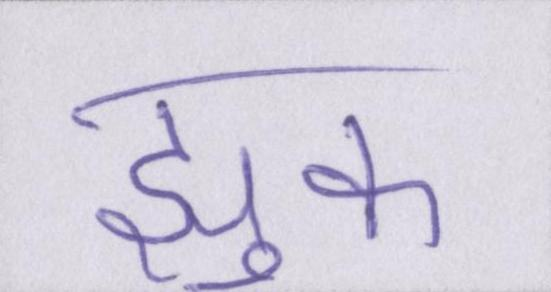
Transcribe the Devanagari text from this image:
झुक